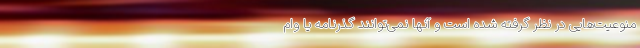
منوعیت‌هایی در نظر گرفته شده است و آنها نمی‌توانند گذرنامه یا وام